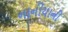
નાનીયાની